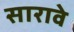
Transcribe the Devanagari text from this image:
सारावे